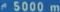
5000 m